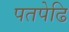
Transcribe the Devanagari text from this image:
पतपेढि